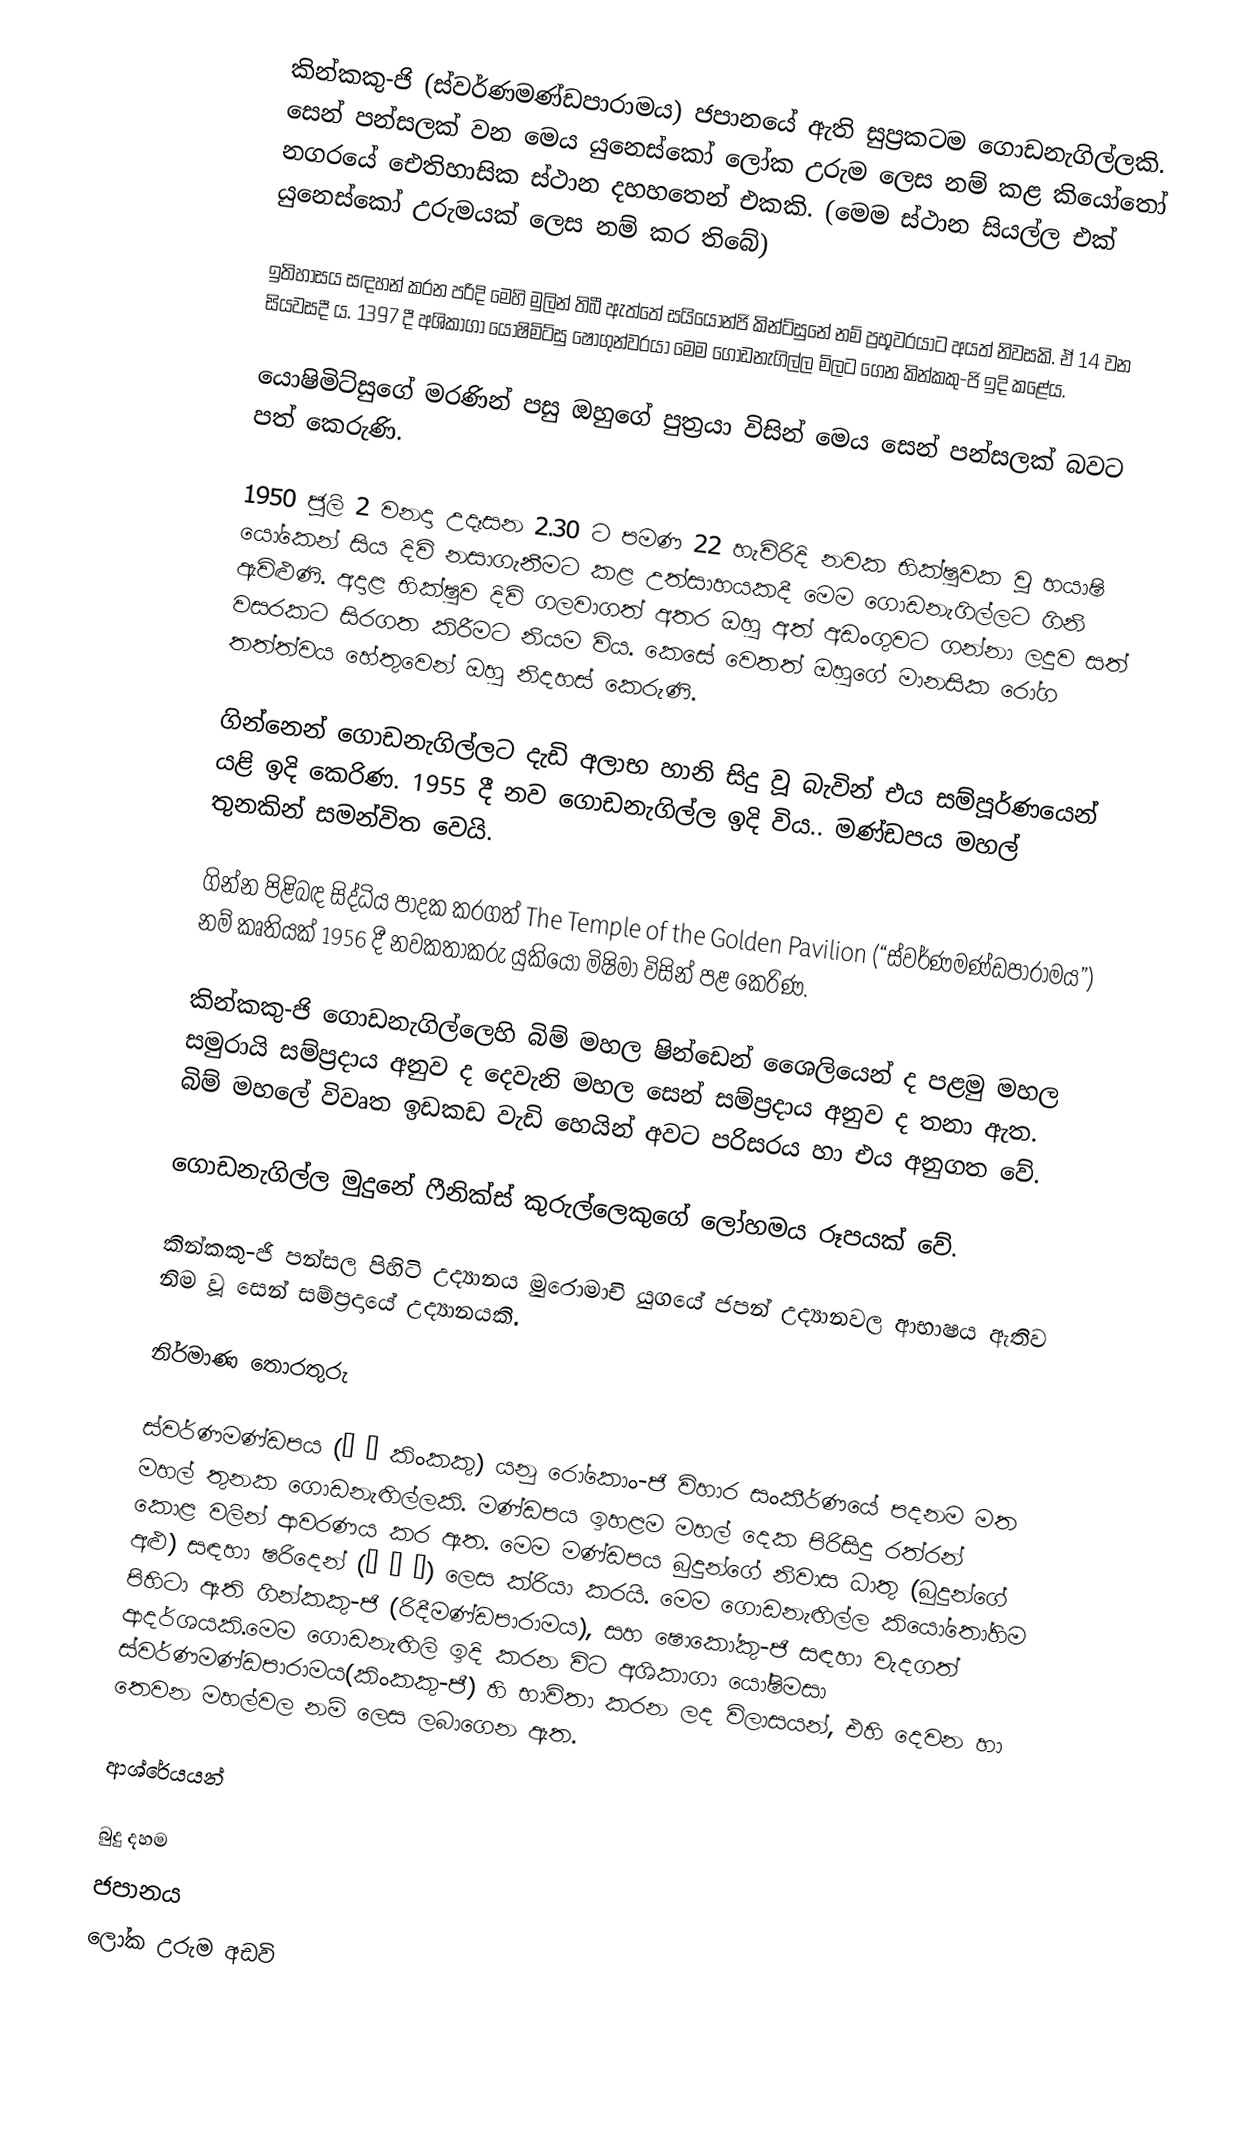
කින්කකු-ජි (ස්වර්ණමණ්ඩපාරාමය) ජපානයේ ඇති සුප්‍රකටම ගොඩනැගිල්ලකි. සෙන් පන්සලක් වන මෙය යුනෙස්කෝ ලෝක උරුම ලෙස නම් කළ කියෝතෝ නගරයේ ඓතිහාසික ස්ථාන දහහතෙන් එකකි. (මෙම ස්ථාන සියල්ල එක් යුනෙස්කෝ උරුමයක් ලෙස නම් කර තිබේ)

ඉතිහාසය සඳහන් කරන පරිදි මෙහි මුලින් තිබී ඇත්තේ සයියොන්ජි කින්ට්සුනේ නම් ප්‍රභූවරයාට අයත් නිවසකි. ඒ 14 වන සියවසදී ය. 1397 දී අශිකාගා යොෂිමිට්සු ෂෝගුන්වරයා මෙම ගොඩනැගිල්ල මිලට ගෙන කින්කකු-ජි ඉදි කළේය.

යොෂිමිට්සුගේ මරණින් පසු ඔහුගේ පුත්‍රයා විසින් මෙය සෙන් පන්සලක් බවට පත් කෙරුණි.

1950 ජූලි 2 වනදා උදෑසන 2.30 ට පමණ 22 හැවිරිදි නවක භික්ෂුවක වූ හයාෂි යෝකෙන් සිය දිවි නසාගැනීමට කළ උත්සාහයකදී මෙම ගොඩනැගිල්ලට ගිනි ඇවිළුණි. අදාළ භික්ෂුව දිවි ගලවාගත් අතර ඔහු අත් අඩංගුවට ගන්නා ලදුව සත් වසරකට සිරගත කිරීමට නියම විය. කෙසේ වෙතත් ඔහුගේ මානසික රෝග තත්ත්වය හේතුවෙන් ඔහු නිදහස් කෙරුණි.

ගින්නෙන් ගොඩනැගිල්ලට දැඩි අලාභ හානි සිදු වූ බැවින් එය සම්පූර්ණයෙන් යළි ඉදි කෙරිණ. 1955 දී නව ගොඩනැගිල්ල ඉදි විය.. මණ්ඩපය මහල් තුනකින් සමන්විත වෙයි.

ගින්න පිළිබඳ සිද්ධිය පාදක කරගත් The Temple of the Golden Pavilion (“ස්වර්ණමණ්ඩපාරාමය”) නම් කෘතියක් 1956 දී නවකතාකරු යුකියෝ මිෂිමා විසින් පළ කෙරිණ.

කින්කකු-ජි ගොඩනැගිල්ලෙහි බිම් මහල ෂින්ඩෙන් ශෛලියෙන් ද පළමු මහල සමුරායි සම්ප්‍රදාය අනුව ද දෙවැනි මහල සෙන් සම්ප්‍රදාය අනුව ද තනා ඇත. බිම් මහලේ විවෘත ඉඩකඩ වැඩි හෙයින් අවට පරිසරය හා එය අනුගත වේ.

ගොඩනැගිල්ල මුදුනේ ෆීනික්ස් කුරුල්ලෙකුගේ ලෝහමය රූපයක් වේ.

කින්කකු-ජි පන්සල පිහිටි උද්‍යානය මුරොමාචි යුගයේ ජපන් උද්‍යානවල ආභාෂය ඇතිව නිම වූ සෙන් සම්ප්‍රදායේ උද්‍යානයකි.

නිර්මාණ තොරතුරු

ස්වර්ණමණ්ඩපය (金 閣 කිංකකු) යනු රෝකොං-ජි විහාර සංකීර්ණයේ පදනම මත මහල් තුනක ගොඩනැඟිල්ලකි. මණ්ඩපය ඉහළම මහල් දෙක පිරිසිදු රත්රන් කොළ වලින් ආවරණය කර ඇත. මෙම මණ්ඩපය බුදුන්ගේ නිවාස ධාතු (බුදුන්ගේ අළු) සඳහා ෂරිදෙන් (舎 利 殿) ලෙස ක්රියා කරයි. මෙම ගොඩනැඟිල්ල කියෝතෝහිම පිහිටා ඇති ගින්කකු-ජි (රිදීමණ්ඩපාරාමය), සහ ෂොකෝකු-ජි සඳහා වැදගත් ආදර්ශයකි.මෙම ගොඩනැඟිලි ඉදි කරන විට අශිකාගා යෝෂිමසා ස්වර්ණමණ්ඩපාරාමය(කිංකකු-ජී) හි භාවිතා කරන ලද විලාසයන්, එහි දෙවන හා තෙවන මහල්වල නම් ලෙස ලබාගෙන ඇත.

ආශ්රේයයන්

 බුදු දහම
 ජපානය
 ලෝක උරුම අඩවි